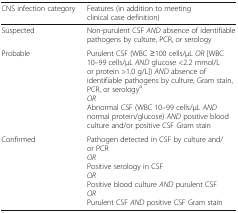
<table><thead><tr><td><b>CNS infection category</b></td><td><b>Features (in addition to meeting clinical case definition)</b></td></tr></thead><tbody><tr><td>Suspected</td><td>Non-purulent CSF <i>AND</i> absence of identifiable pathogens by culture, PCR, or serology</td></tr><tr><td>Probable</td><td>Purulent CSF (WBC ≥100 cells/μL <i>OR</i> [WBC 10–99 cells/μL <i>AND</i> glucose &lt;2.2 mmol/L or protein &gt;1.0 g/L]) <i>AND</i> absence of identifiable pathogens by culture, Gram stain, PCR, or serology<sup>a</sup><i>OR</i>Abnormal CSF (WBC 10–99 cells/μL <i>AND</i> normal protein/glucose) <i>AND</i> positive blood culture and/or positive CSF Gram stain</td></tr><tr><td>Confirmed</td><td>Pathogen detected in CSF by culture and/or PCR<i>OR</i>Positive serology in CSF<i>OR</i>Positive blood culture <i>AND</i> purulent CSF<i>OR</i>Purulent CSF <i>AND</i> positive CSF Gram stain</td></tr></tbody></table>